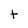
Character: t